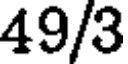
49/3